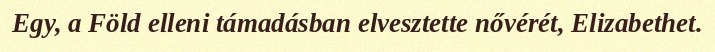
Egy, a Föld elleni támadásban elvesztette nővérét, Elizabethet.